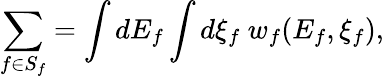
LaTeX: \sum_{f\in S_{f}}=\int dE_{f}\int d\xi_{f}\ w_{f}(E_{f},\xi_{f}),